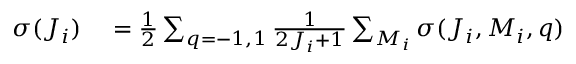
\begin{array} { r l } { \sigma ( J _ { i } ) } & { { } = \frac { 1 } { 2 } \sum _ { q = - 1 , 1 } \frac { 1 } { 2 J _ { i } + 1 } \sum _ { M _ { i } } \sigma ( J _ { i } , M _ { i } , q ) } \end{array}